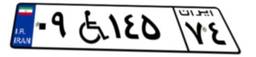
۰۹W۱۴۵۷۴